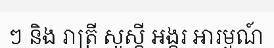
ៗ និង រាត្រី សួស្តី អង្គរ អារម្មណ៍